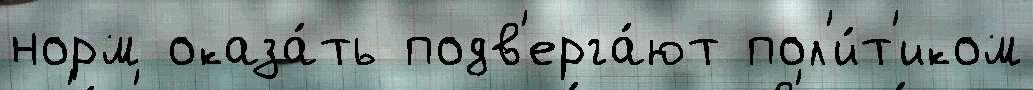
норм оказа́ть подв'ерга́ют пол'и́т'иком